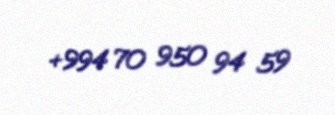
+994 70 950 94 59